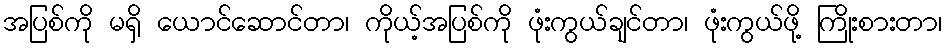
အပြစ်ကို မရှိ ယောင်ဆောင်တာ၊ ကိုယ့်အပြစ်ကို ဖုံးကွယ်ချင်တာ၊ ဖုံးကွယ်ဖို့ ကြိုးစားတာ၊